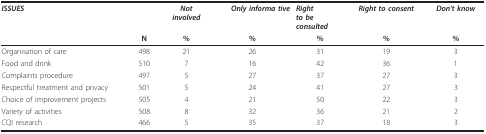
<table><thead><tr><td><b><i>ISSUES</i></b></td><td></td><td><b><i>Not</i><i>involved</i></b></td><td><b><i>Only informa tive</i></b></td><td><b><i>Right</i><i>to be</i><i>consulted</i></b></td><td><b><i>Right to consent</i></b></td><td><b><i>Don&#x27;t know</i></b></td></tr><tr><td></td><td><b>N</b></td><td><b>%</b></td><td><b>%</b></td><td><b>%</b></td><td><b>%</b></td><td><b>%</b></td></tr></thead><tbody><tr><td>Organisation of care</td><td>498</td><td>21</td><td>26</td><td>31</td><td>19</td><td>3</td></tr><tr><td>Food and drink</td><td>510</td><td>7</td><td>16</td><td>42</td><td>36</td><td>1</td></tr><tr><td>Complaints procedure</td><td>497</td><td>5</td><td>27</td><td>37</td><td>27</td><td>3</td></tr><tr><td>Respectful treatment and privacy</td><td>501</td><td>5</td><td>24</td><td>41</td><td>27</td><td>3</td></tr><tr><td>Choice of improvement projects</td><td>505</td><td>4</td><td>21</td><td>50</td><td>22</td><td>3</td></tr><tr><td>Variety of activities</td><td>508</td><td>8</td><td>32</td><td>36</td><td>21</td><td>2</td></tr><tr><td>CQI research</td><td>466</td><td>5</td><td>35</td><td>37</td><td>18</td><td>3</td></tr></tbody></table>